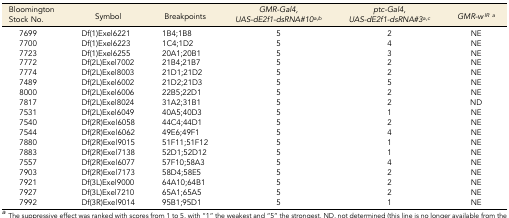
| Bloomington Stock No. | Symbol | Breakpoints | GMR-Gal4,UAS-dE2f1-dsRNA#10a,b | ptc-Gal4,UAS-dE2f1-dsRNA#3a,c | GMR-wIRa |
 | --- | --- | --- | --- | --- | --- |
 | 7699 | Df(1)Exel6221 | 1B4;1B8 | 5 | 2 | NE |
 | 7700 | Df(1)Exel6223 | 1C4;1D2 | 5 | 4 | NE |
 | 7723 | Df(1)Exel6255 | 20A1;20B1 | 5 | 3 | NE |
 | 7772 | Df(2L)Exel7002 | 21B4;21B7 | 5 | 2 | NE |
 | 7774 | Df(2L)Exel8003 | 21D1;21D2 | 5 | 2 | NE |
 | 7489 | Df(2L)Exel6002 | 21D2;21D3 | 5 | 5 | NE |
 | 8000 | Df(2L)Exel6006 | 22B5;22D1 | 5 | 2 | NE |
 | 7817 | Df(2L)Exel8024 | 31A2;31B1 | 5 | 2 | ND |
 | 7531 | Df(2L)Exel6049 | 40A5;40D3 | 5 | 1 | NE |
 | 7540 | Df(2R)Exel6058 | 44C4;44D1 | 5 | 2 | NE |
 | 7544 | Df(2R)Exel6062 | 49E6;49F1 | 5 | 4 | NE |
 | 7880 | Df(2R)Exel9015 | 51F11;51F12 | 5 | 1 | NE |
 | 7883 | Df(2R)Exel7138 | 52D1;52D12 | 5 | 1 | NE |
 | 7557 | Df(2R)Exel6077 | 57F10;58A3 | 5 | 4 | NE |
 | 7903 | Df(2R)Exel7173 | 58D4;58E5 | 5 | 2 | NE |
 | 7921 | Df(3L)Exel9000 | 64A10;64B1 | 5 | 2 | NE |
 | 7927 | Df(3L)Exel7210 | 65A1;65A5 | 5 | 2 | NE |
 | 7992 | Df(3R)Exel9014 | 95B1;95D1 | 5 | 1 | NE |